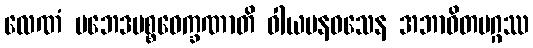
လေဏံ ပဘေဒပစ္စဝေက္ခဏာတိ ဝါယမနဝသေန အဘာဝိတမဂ္ဂဿ